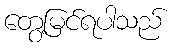
တွေ့မြင်ရပါသည်